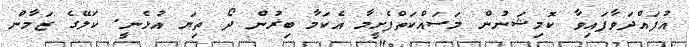
އުފައްދަވާފައިވާ ކޮމިޝަނުން މަސައްކަތްފެށީމާ އެކަމާ ބިރުން ދޯ ތިޔަ އުޅެނީ. ކަލޭގެ ޒަމާން